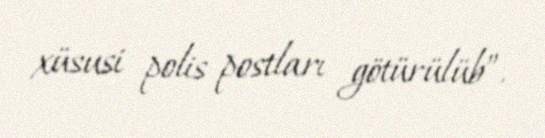
xüsusi polis postları götürülüb”.